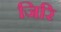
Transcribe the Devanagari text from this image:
जिरि